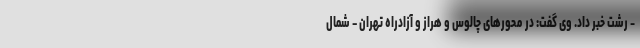
- رشت خبر داد. وی گفت: در محورهای چالوس و هراز و آزادراه تهران – شمال